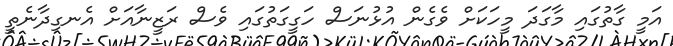
އަމީ ގާތުގައި މާގަދަ މީހަކަށް ވެގެން އުޅުނަސް ހަގީގަތުގައި ވެސް ރަޒީނާއަށް އެނގިދާނެތީ